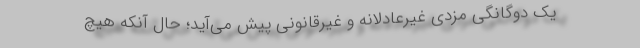
یک دوگانگی مزدیِ غیرعادلانه و غیرقانونی پیش می‌آید؛ حال آنکه هیچ